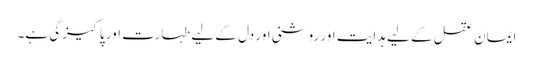
ایمان عقل کے لیے ہدایت اور روشنی اور دل کے لیے طہارت اور پاکیزگی ہے۔